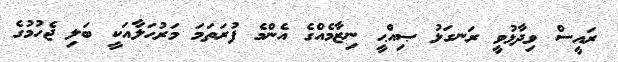
ރައީސް ވިދާޅުވީ ރަނގަޅު ޞިއްޙީ ނިޒާމެއްގެ އެންމެ ފުރަތަމަ މަރުޙަލާއަކީ ބަލި ޖެހުމުގެ